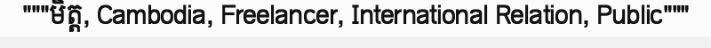
"""មិត្ត, Cambodia, Freelancer, International Relation, Public"""